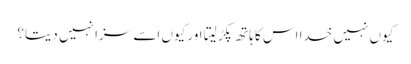
کیوں نہیں خدا اس کا ہاتھ پکڑ لیتا اور کیوں اسے سزا نہیں دیتا؟